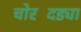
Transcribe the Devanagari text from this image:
चोरदिंड्या